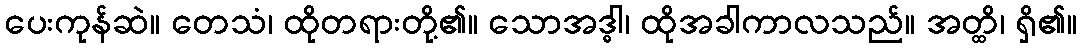
ပေးကုန်ဆဲ။ တေသံ၊ ထိုတရားတို့၏။ သောအဒ္ဓါ၊ ထိုအခါကာလသည်။ အတ္ထိ၊ ရှိ၏။